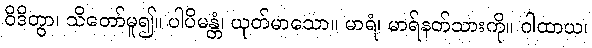
ဝိဒိတွာ၊ သိတော်မူ၍။ ပါပိမန္တံ၊ ယုတ်မာသော။ မာရံ၊ မာရ်နတ်သားကို။ ဂါထာယ၊